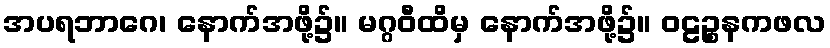
အပရဘာဂေ၊ နောက်အဖို့၌။ မဂ္ဂဝီထိမှ နောက်အဖို့၌။ ဝဠဉ္စနကဖလ